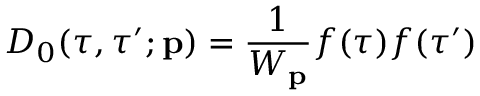
D _ { 0 } ( \tau , \tau ^ { \prime } ; { \bf p } ) = \frac { 1 } { W _ { \bf p } } f ( \tau ) f ( \tau ^ { \prime } )